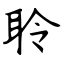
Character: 聆